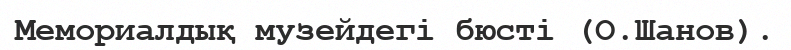
Мемориалдық музейдегі бюсті (О.Шанов).